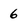
Character: 6